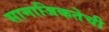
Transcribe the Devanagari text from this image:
सामाजिकतेची